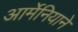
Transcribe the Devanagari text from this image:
आर्मेनियाने